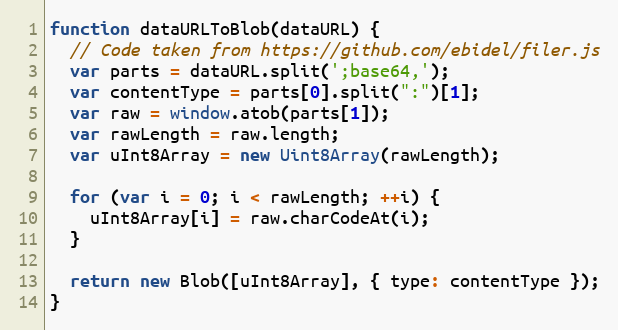
Language: JavaScript
function dataURLToBlob(dataURL) {
  // Code taken from https://github.com/ebidel/filer.js
  var parts = dataURL.split(';base64,');
  var contentType = parts[0].split(":")[1];
  var raw = window.atob(parts[1]);
  var rawLength = raw.length;
  var uInt8Array = new Uint8Array(rawLength);

  for (var i = 0; i < rawLength; ++i) {
    uInt8Array[i] = raw.charCodeAt(i);
  }

  return new Blob([uInt8Array], { type: contentType });
}